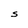
Character: S